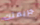
جريمتك